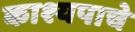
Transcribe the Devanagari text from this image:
काश्यपाचे